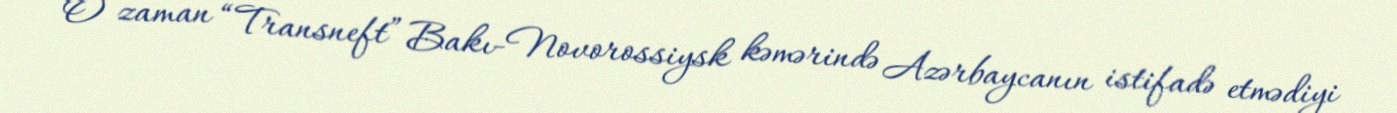
O zaman “Transneft” Bakı-Novorossiysk kəmərində Azərbaycanın istifadə etmədiyi